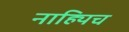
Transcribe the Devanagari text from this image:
नाह्यिच